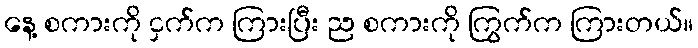
နေ့ စကားကို ငှက်က ကြားပြီး ည စကားကို ကြွက်က ကြားတယ်။